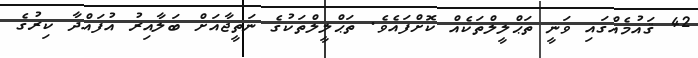
42 ޤައުމެއްގައި ވަނީ ތަޙްލީލްތަކެއް ކޮށްފައެވެ. ތަޙްލީލްތަކުގެ ނަތީޖާއަށް ބަލާއިރު އުފައްދާ ކިރުގެ